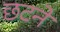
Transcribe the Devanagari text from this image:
छटने